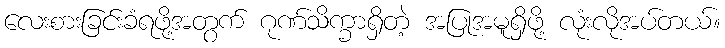
လေးစားခြင်းခံရဖို့အတွက် ဂုဏ်သိက္ခာရှိတဲ့ အပြုအမူရှိဖို့ လုံးလိုအပ်တယ်။